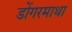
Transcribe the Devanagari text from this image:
डोंगरमाथा